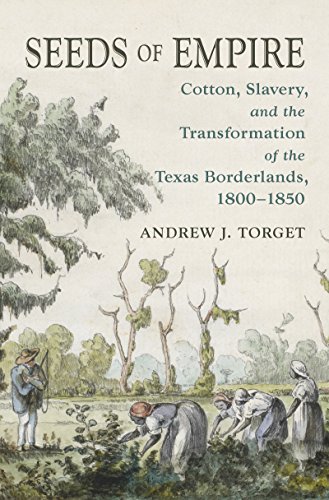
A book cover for Seeds of Empire: Cotton, Slavery, and the Transformation of the Texas Borderlands, 1800-1850 (The David J. Weber Series in the New Borderlands History); Andrew J. Torget; Science & Math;